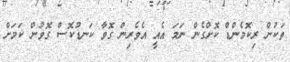
ތަކުން ރިކޮމެންޑް ކޮށްގެން ނަމަ އެއީ އެވެރިން ގޮވާ ކަނޑުކޮސް ގޮވުން ކަމަށް